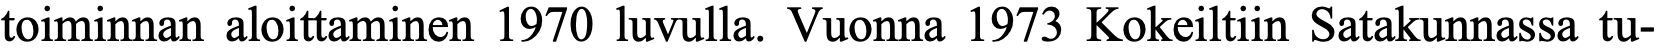
toiminnan aloittaminen 1970 luvulla. Vuonna 1973 Kokeiltiin Satakunnassa tu-